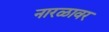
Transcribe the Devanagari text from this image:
नारळावर